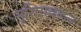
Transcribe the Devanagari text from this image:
भूशिरावरून